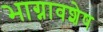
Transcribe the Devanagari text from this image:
भाग्नावशेष